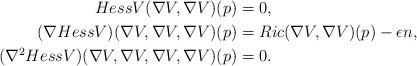
LaTeX: \begin{align*} Hess V(\nabla V,\nabla V)(p) & = 0, \\ (\nabla Hess V)(\nabla V,\nabla V,\nabla V)(p) & = Ric(\nabla V,\nabla V)(p) -\epsilon n, \\ (\nabla^{2} Hess V)(\nabla V,\nabla V,\nabla V,\nabla V)(p) & = 0. \end{align*}